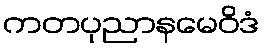
ကတပုညာနမေဝိဒံ